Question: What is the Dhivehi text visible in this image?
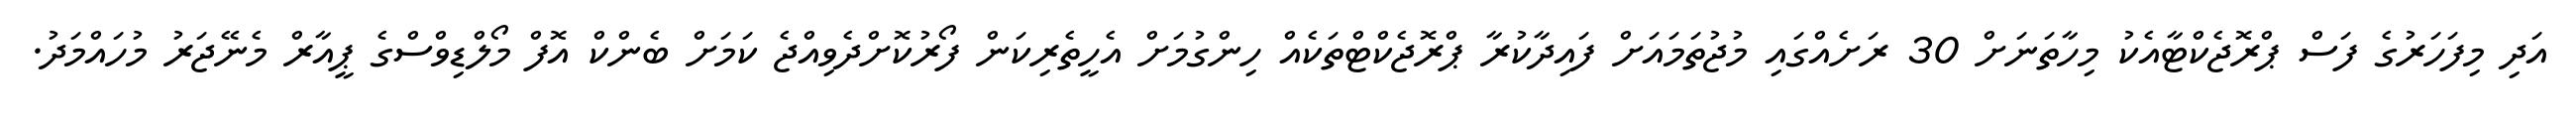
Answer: އަދި މިފަހަރުގެ ފަސް ޕްރޮޖެކްޓާއެކު މިހާތަނަށް 30 ރަށެއްގައި މުޖުތަމައަށް ފައިދާކުރާ ޕްރޮޖެކްޓްތަކެއް ހިންގުމަށް އެހީތެރިކަން ފޯރުކޮށްދެވިއްޖެ ކަމަށް ބެންކް އޮފް މޯލްޑިވްސްގެ ޕީއާރް މެނޭޖަރު މުހައްމަދު.